Calcutta medical institutions reports 1892-1900
Year: 1892
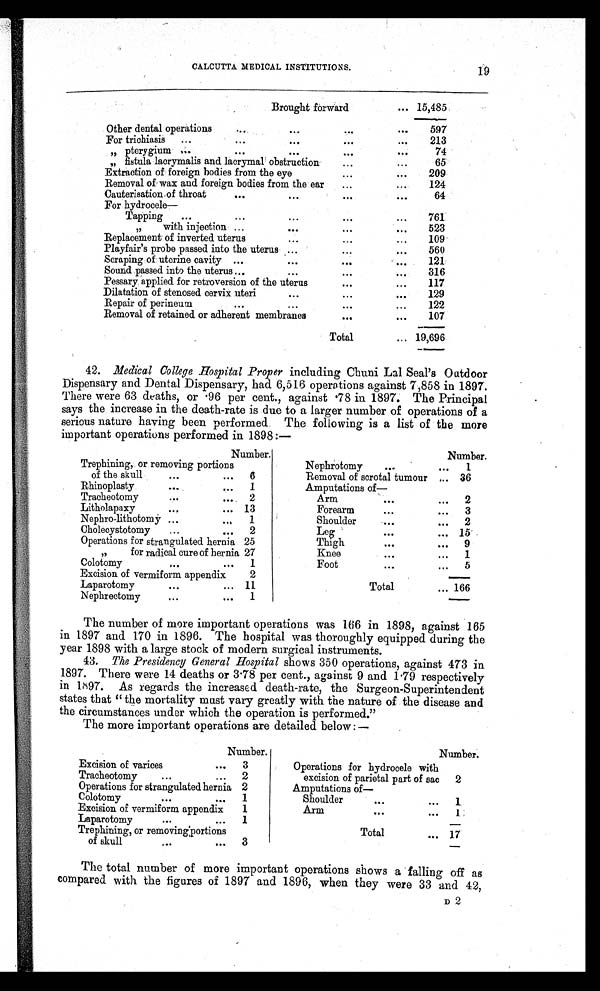
CALCUTTA MEDICAL INSTITUTIONS.
19
Brought forward
... 15,485
Other dental operations
...
. . .
...
...
597
For trichiasis
...
...
...
. . .
. . .
213
„ pterygium . . .
...
...
. . .
. . .
74
„ fistula lacrymalis and lacrymal obstruction
...
...
65
Extraction of foreign bodies from the eye
...
...
209
Removal of wax and foreign bodies from the ear
...
...
124
Cauterisation of throat
...
...
...
. . .
64
For hydrocele
—
Tapping
...
...
...
...
...
761
„ with injection ...
. . .
. . . .
...
523
Replacement of inverted uterus
...
...
...
109
Playfair's probe passed into the uterus ...
...
...
560
Scraping of uterine cavity ...
...
...
...
121
Sound passed into the uterus ...
...
...
...
316
Pessary applied for retroversion of the uterus
...
. . .
117
Dilatation of stenosed cervix uteri
...
...
...
129
Repair of perineum
...
...
...
. . .
122
Removal of retained or adherent membranes
...
...
107
Total
... 19,696
42. Medical College Hospital Proper including Chuni Lal Seal's Outdoor
Dispensary and Dental Dispensary, had 6,516 operations against 7,858 in 1897.
There were 63 deaths, or .96 per cent., against .78 in 1897. The Principal
says the increase in the death-rate is due to a larger number of operations of a
serious nature having been performed. The following is a list of the more
important operations performed in 1898:—
Number.
Number.
Trephining, or removing portions
Nephrotomy
. . .
...
1
of the skull
...
...
6
Removal of scrotal tumour ... 36
Rhinoplasty
...
...
1
Amputations of—
Tracheotomy
...
...
2
Arm
...
...
2
Litholapaxy
. . .
... 13
Forearm
...
...
3
Nephro-lithotomy ...
...
1
Shoulder
. . .
...
2
Cholecystotomy
...
...
2
Leg
. . .
... 15
Operations for strangulated hernia 25
Thigh
...
...
9
„ for radical cure of hernia 27
Knee
...
...
1
Colotomy
...
...
1
Foot
...
...
5
Excision of vermiform appendix
2
Laparotomy
...
... 11
Total
... 166
Nephrectomy
. . .
...
1
The number of more important operations was 166 in 1898, against 165
in 1897 and 170 in 1896. The hospital was thoroughly equipped during the
year 1898 with a large stock of modern surgical instruments.
43. The Presidency General Hospital shows 350 operations, against 473 in
1897. There were 14 deaths or 3.78 per cent., against 9 and 1.79 respectively
in 1897. As regards the increased death-rate, the Surgeon-Superintendent
states that "the mortality must vary greatly with the nature of the disease and
the circumstances under which the operation is performed."
The more important operations are detailed below:—
Number.
Number.
Excision of varices
...
3
Operations for hydrocele with
Tracheotomy
. . .
...
2
excision of parietal part of sac 2
Operations for strangulated hernia 2
Amputations of
—
Colotomy
...
...
1
Shoulder
...
...
1
Excision of vermiform appendix
1
Arm
...
...
1
Laparotomy
. . .
...
1
Trephining, or removing portions
Total
... 17
of skull
. . .
...
3
The total number of more important operations shows a falling off as
compared with the figures of 1897 and 1896, when they were 33 and 42,
D 2